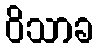
ဝိသာခ